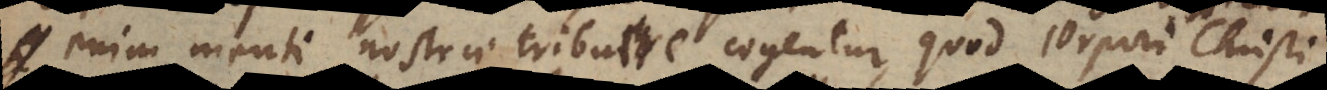
e menti nostrae tribuere cogentur, quod corpori Chri